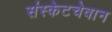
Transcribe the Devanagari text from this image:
संस्केटचेवान